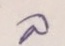
ล่าง